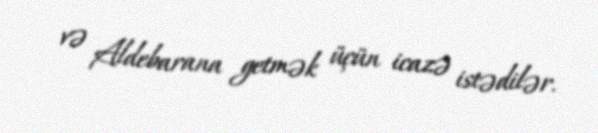
və Aldebarana getmək üçün icazə istədilər.